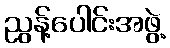
ညွန့်ပေါင်းအဖွဲ့